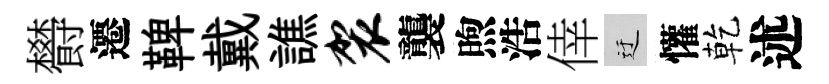
欎遷鞞戴譙袈襲煦浩倖迂懽乾述